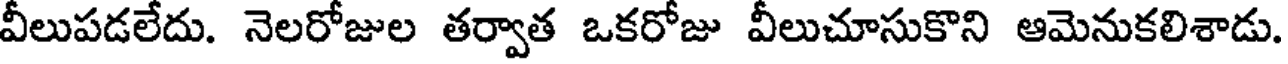
వీలుపడలేదు. నెలరోజుల తర్వాత ఒకరోజు వీలుచూసుకొని ఆమెనుకలిశాడు.